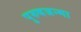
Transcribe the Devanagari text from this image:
पुरुषजन्मा